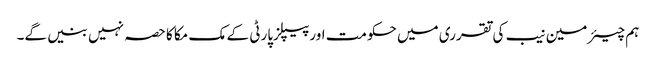
ہم چیئرمین نیب کی تقرری میں حکومت اورپیپلزپارٹی کے مک مکا کا حصہ نہیں بنیں گے۔